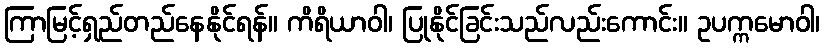
ကြာမြင့်ရှည်တည်နေနိုင်ရန်။ ကိရိယာဝါ၊ ပြုနိုင်ခြင်းသည်လည်းကောင်း။ ဥပက္ကမောဝါ၊